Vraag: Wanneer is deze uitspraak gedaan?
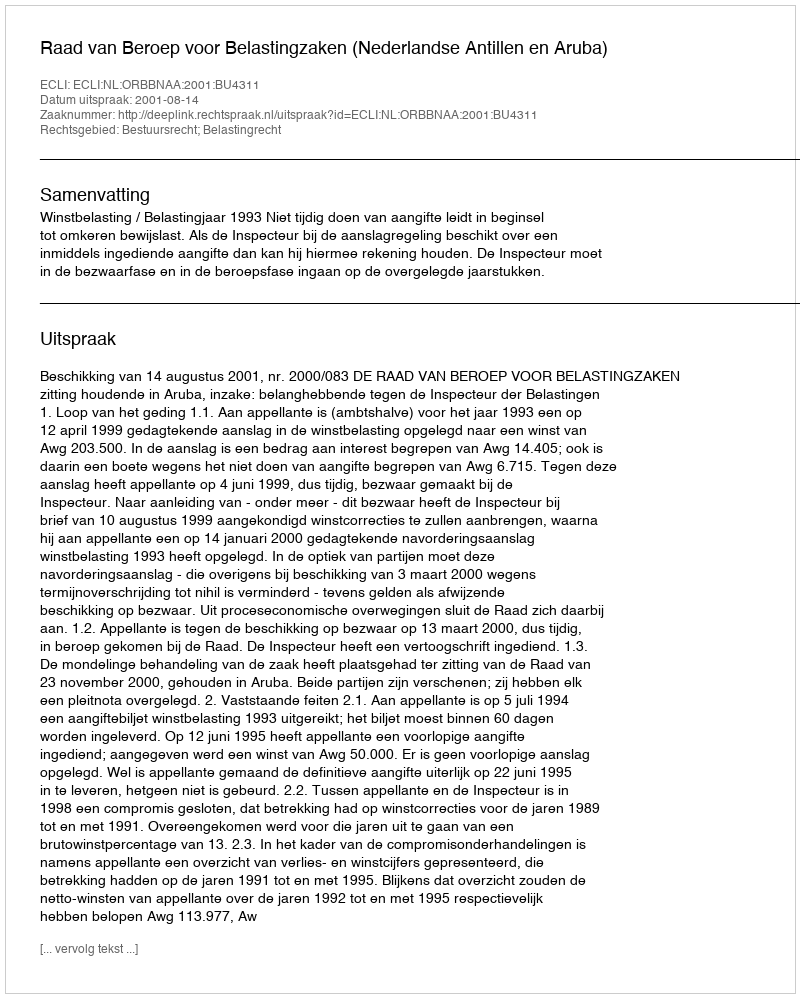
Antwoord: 2001-08-14